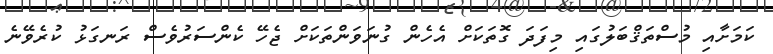
ކަމަށާއި މުސްތަޤްބަލުގައި މިފަދަ ގޮތަކަށް އެހެން ގުނަވަންތަކަށް ޖެހޭ ކެންސަރުވެސް ރަނގަޅު ކުރެވޭނެ